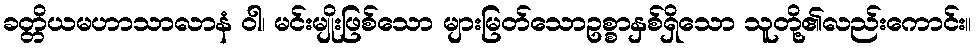
ခတ္တိယမဟာသာလာနံ ဝါ၊ မင်းမျိုးဖြစ်သော များမြတ်သောဥစ္စာနှစ်ရှိသော သူတို့၏လည်းကောင်း။